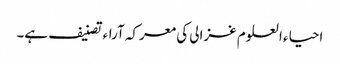
احیاء العلوم غزالی کی معرکہ آراء تصنیف ہے۔